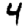
Digit: 4